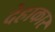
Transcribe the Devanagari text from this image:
देहाकार